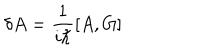
LaTeX: \delta A = \frac { 1 } { i \hbar } \left[ A , G \right]